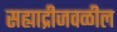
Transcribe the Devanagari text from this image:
सह्याद्रीजवळील